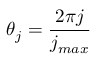
\theta _ { j } = \frac { 2 \pi j } { j _ { m a x } }